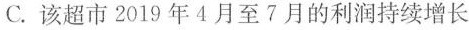
C.该超市2019年4月至7月的利润持续增长